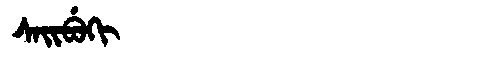
Manchu: ᠰᠠᡳᠪᡠᡴᡳ
Romanization: SAIBUKI